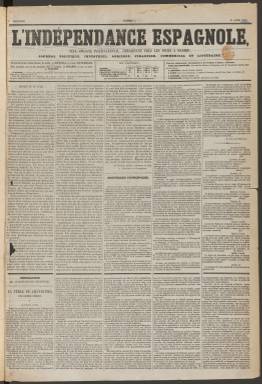
Título: L'Indépendance espagnole
Colección: Periódicos
Ámbito geográfico: Madrid
Lugar de publicación: Madrid
Fechas: 14/04/1858-04/03/1859